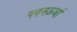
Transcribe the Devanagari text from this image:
पवनऊर्जा